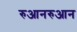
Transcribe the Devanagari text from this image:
रुआनरुआन